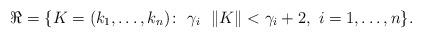
LaTeX: \begin{align*}\Re=\{ K=(k_1,\ldots,k_n)\colon \ \gamma_i\ \ \|K\|<\gamma_i+2, \ i=1,\ldots,n\}.\end{align*}